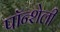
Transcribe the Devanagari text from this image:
पॉन्शेली